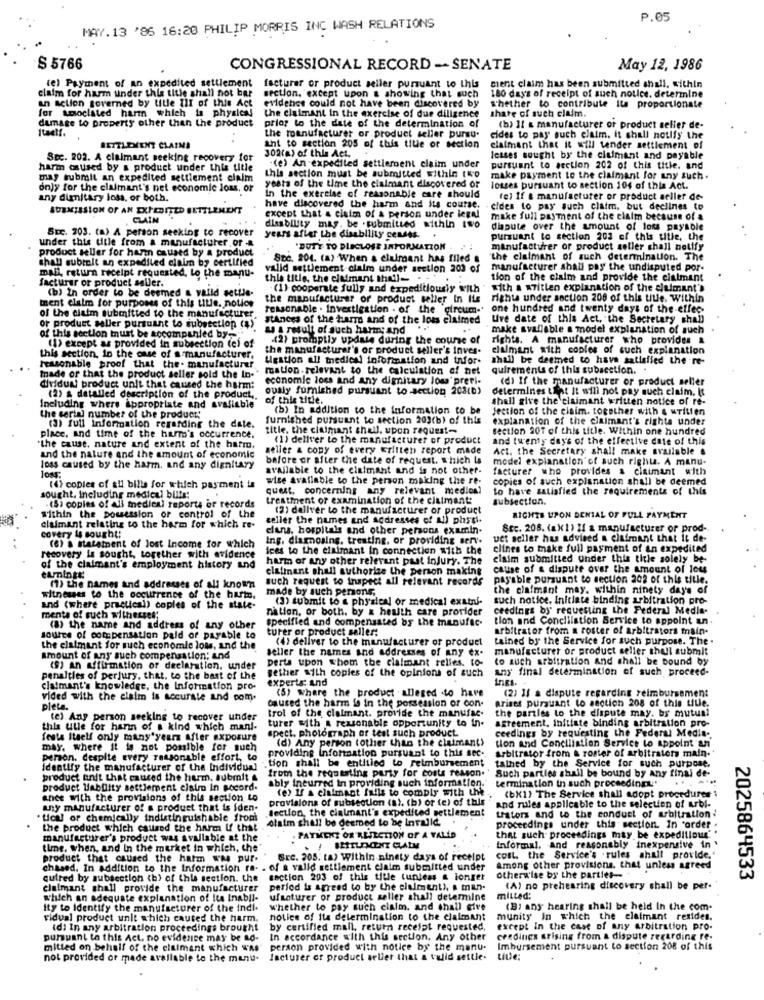
P.05
MAY. 13 '86 16:20 PHILIP MORRIS INC WASH RELATIONS
$ 5766
CONGRESSIONAL RECORD -- SENATE
May 12, 1986
claim for harm under this title shall not bar
(e) Payment of an expedited settlement facturer or product seller pursuant to this
ment claim has been submitted shall. within
section. except upon a showing that such
180 days of receipt of such notice. determine
an action governed by title III of this Act evidence could not have been discovered by
for amoclated harm which is physics!
whether to contribute its proportionale
share of such claim.
damage to property other than the product
the claimant in the exercise of due diligence
prior to the date of the determination of
Itself.
(b) Il a manufacturer of product seller de-
the manufacturer or product seller pursu.
cides to pay such claim. it shall notify the
SETTLEMENT CLAIMS
309(a) of this Act.
ant to section 205 of this title or section
claimant that it will tender settlement of
Sec. 202. A claimant seeking recovery for
losses sought by the claimant and payable
harm caused by a product under this title
"(e) An expedited settlerbent claim under
pursuant to section 202 of this title. and
may submit an expedited settlement claim
this section must be submitted within two
make payment to the claimant for any such.
only for the claimant's net economic loss, or
yests of the time the claimant discovered or
losses pursuant to section 104 of this Act.
any dimitary loss, or both.
in the exercise of reasonable care should
fel If & manufacturer of product seller de-
SUBMISSION OF AN EXPEDITED SETTLEMENT
have discovered the harm and its course.
cides to pay such claim, but declines to
CLAIN
except that a claim of a person under legal
make full payment of the claim because of a
Scc. 203. (a) A person seeking to recover
diesbility mag. be . submitted within two
dispute over the amount of loss payable
under this title from a manufacturer, or
years after the disability censes. .
pursuant to section 202 of this title, the
product seller for harm caused by a product
'DUTY TO DISCLOSE INFORMATION
manufacturer of product seller chall notify
shall submit an expedited clair by certified
Ste. 204. (a) When & claimant has filed
the claimant of such determination. The
mali, return receipt requested, lo the manu-
valid settlement claim under section 203 of
manufacturer shall pay the undisputed por-
facturar or product seller.
this title, the claimant thail- . .
tion of the claim and provide the cialmint
(b) In order to be deemed a valid settle-
(1) cooperate fully and expeditiousiy with
with a wTitlen explanation of the claimant's
ment claim for purposes of this title, notice
the manufacturer or product seller In Its
rights under section 208 of this title. Within
reasonable . Investigation . of the circum-
one hundred and twenty days of the-effec.
of the claim submitted to the manufacturer.
stAnces of the huurrd and of the loss claimed
Uve date of this Act, the Secretary shab
of product seller pursuant to subssetion ($)
as a result of such harm; and
make svallable a model explanation of such
of this section must be accompanied by-
(1) except as provided in subsection (e) of
(2) promptly update during the course of
rights. A manufacturer who provides
the manufacturer's or product seller's inves.
clulmant with copies of such explanation
this section, in the case of a manufacturer.
Lestion all medical information and infor-
shall be deemed to have satisfied the -re-
reasonable proof that the. manufacturer
made or that the product seller sold the In -. mation- relevant to the calculation of net
quirements of this subsection. .
economie loss and any dignitary Jou'preri-
(d) If the manufacturer or product seller
dividuw' product unit that caused the harm:
ously furnished pursuant to section 203(0)
determines ust It will not pay such claim. It
(2) a detailed description of the product,
of this title.
thell give the cisimant written notice of re-
Including where appropriate and avaliable
(b) In addition to the information to be
Jection of the claim. together with a written
the serial number of the product:
furnished pursuant to section 203(b) of this
explanation of the claimant's rights under
(a) full information regarding the date.
title, the claimant chell. upon request-
section 20T of this title. Within one hundred
place, and time of the harm's occurrence.
(1) deliver to the manufacturer of product
and twenty days of the effective date of this
"the cause, nature and extent of the harm.
seller & copy of every written report made
Act. the Secretary shall make available &
and the nature and the amount of economic
before or after the date of request. which Is
model explanation of auch right. A manu-
loss caused by the harm, and any dignitary
available to the claimant and is not other.
facturer who provides & claimant with
wise avafiable to the person making the re-
copies of such explanation shall be deemed
(4) copies of all bills for which payment i
quest, concerning any relevant medios?
to have satisfied the requirements of this
sought, including medical bills!
treatment of examination of the claimant:
subsection.
- (5) copies of All medical report or records
(2) dallver to the manufacturer of product
within the possession of control of the
celler the names and addresses of All phydi.
RIGHTS UPON DENIAL OF FULL PAYMENT
claimant relating to the harm for which re-
clans, hospitals and other persons examin.
Sec. 208. (ak1) If a manufacturer or prod-
covery is sought:
Ing. diagnosing, treating, or providing serv.
uet seller hus advised a claimant that it de-
(6) a statement of lost Income for which
ices to the claimant in connection with the
elines to make full payment of an expedited
recovery is sought, together with evidence
harm or any other relevant past injury. The
claim submitted Under this title solely be-
of the claimant's employment history and
claimant shell authorize the person making
cause of & dispute over the amount of lots
campingt:
auch request to inspect all relevant records
payable pursuant to section 202 of this title.
(1) the names and addresses of all known
made by such persons,
the claimant may. within ninety day's of
witnesses to the occurrence of the hurt.
(3) submit to a phy'sical or medical examnl-
such notice, Initiate binding arbitration pro-
and (where practical) copies of the state-
nation, or both. by & health care provider
ceedings by' requesting the Federal Media. .
ments of such withersel;
specified and compensated by the manufac.
tion and Conclilation Service to appoint an
(8) the name and address of any other
turer or product seller:
arbitrator from a roster of arbitrators main.
source of compensation paid of payable to
(4) deliver to the manufacturer of product
talned by the Service for such purpose. The .
the claimant for such economie loss, and the
seller the names and addresses of any ex-
manufacturer or product seller shell submit
Amount of any such compensation; and
perta upon whom the claimant relles. to-
to auch arbitration and shall be bound by
(S) an affirmation of declaration, under
gether with copies of the opinions of such
any final determination of such proceed-
penalties of perjury, that, to the best of the
experts: and
Ines
claimant's knowledge, the Information pro-
(5) where the product alleged .to have
(2) If a dispute regarding reimbursement
vided with the claim is accurate and com.
caused the harm is in the possession or con.
Arises pursuant to section 208 of this while.
pleta.
trol of the claimant. provide the manufac.
the partles to the dispute may. br mutual
tel Any person seeking to recover under
turer with a reasonable opportunity to in.
agreement, initiate binding arbitration pro-
this ulle for hann of a kind which mani-
spect. photograph of test such product
ceedings by requesting the Federal Media-
festa Itself only many years after exposure
(d) Any person other than the claimants
tion and Conciliation Service to appoint an
may, where it is not possible for such
Arbitrator from a roster of arbitrators main.
person. despite every reasonable effort to
tion shall be entitled to reimbursement
providing information pursuant to this sec.
identify the manufacturer of the Individual
from the requesting party for costs reason.
Such parties shall be bound by any final de-
talned by the Service for such purpose,
product enit that caused the harm, submit
ably incurred in providing such information.
product labDity settlement claim In accord.
(e) If & claimant falls to comply with the
termination in such proceeding.
ance with the provisions of this section to
provisions of subsection (s), (b) or (e) of this
(bX1) The Service shall adopt procedures 1
any manufacturer of a product that is fden-
Section, the claimant's expedited settlement
and rules applicable to the selection of urbl-
ticul of chemicaly indistinguishable fromi
olaim shall be deemed to be Invalid
traters and to the conduct of arbitration !
the product which caused the harm If that
proceedings under this section. In "order .
manufacturer's product was available at the
. PAYMENT OF RESLETTON OF A VALID
that such proceedings may be expeditious' '
time. when, and in the market in which, the
Informal, And reasonably inexpensive in
product that caused the hatm whe pur.
Src. 205: ta) Within ninety days of receipt
COIL, the Service's . rules shall provide,'
chased. In addition to the information ra- . of a valid settlement claim submitted under
of a valld settlement claim submitted under
among other provisions. that unless agreed
quired by subsection (h) of this section. the
section 203 of this title tuniess & longer
otherwise by the parties-
2025864533
claimant shall provide the manufacturer
period is agreed to by the clalment), a man.
(A) no prehearing discovery shall be per-
which an adequate explanation of Its Inabil-
ufsaturer or product seller shall determine
mitted:
ity to Identify the manufacturer of the indl.
whether to pay such claim, and shall give
(B) ans hearing shall be held In the com.
vidual product unit which caused the harm.
notice of its determination to the claimant
munity in which the claimant residen
idi In any arbitration proceedings brought
by certified mall, return receipt requested,
except in the case of any arbitration pro-
pursuant to this Act. no evidence may be Lo-
In accordance with this section. Any other
credings arising from a dispute regarding re-
mitted on behalf of the claimant which WAS
person provided with notice by the manu.
Imbursement pursuant to section 208 of this
not provided or made available to the manu-
facturer er product seller that a valid settle.